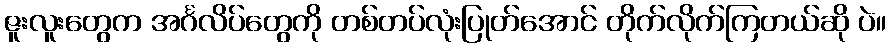
ဇူးလူးတွေက အင်္ဂလိပ်တွေကို တစ်တပ်လုံးပြုတ်အောင် တိုက်လိုက်ကြတယ်ဆို ပဲ။